Report on the administration of the Government Cinchona Department 1892-98
Year: 1892
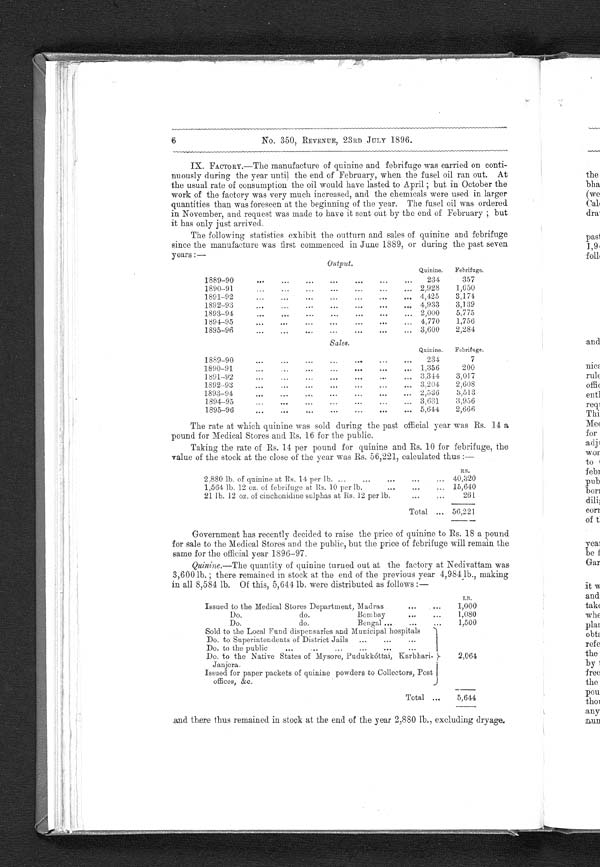
No. 350, REVENUE, 23RD JULY 1896.
IX. FACTORY.—The manufacture of quinine and febrifuge was carried on conti-
nuously during the year until the end of February, when the fusel oil ran out. At
the usual rate of consumption the oil would have lasted to April ; but in October the
work of the factory was very much increased, and the chemicals were used in larger
quantities than was foreseen at the beginning of the year. The fusel oil was ordered
in November, and request was made to have it sent out by the end of February ; but
it has only just arrived.
The following statistics exhibit the outturn and sales of quinine and febrifuge
since the manufacture was first commenced in June 1889, or during the past seven
years :—
Output.
18 89—90
Quinine.
234
Febrifuge.
357
1890—91
2,928
1,050
1891—92
4,425
3,174
1892—93
4,933
3,139
1893 — 9 4
2,000
5,775
1894—95
4,770
1,756
18 9 5—96
3,600
2,284
Sales.
Quinine.
Febrifuge.
18 8 9—9 0
234
7
1890 — 9 1
1,356
200
1891—92
3,344
3,017
1892 — 9 3
3,204 2, 608
1893—94
2,536
3 , 5 1 3
1 8 9 4
— 9 5
3,631
3,956
1895 — 9 6
5,644
2,666
The rate at which quinine was sold during the past official year was Rs. 14 a
pound for Medical Stores and Rs. 16 for the public.
Taking the rate of Rs. 14 per pound for quinine and Rs. 10 for febrifuge, the
value of the stock at the close of the year was Rs. 56,221, calculated thus :—
RS.
2,880 lb. of quinine at Rs. 14 per lb.
40,320
1,564 lb. 12 oz. of febrifuge at Rs. 10 per lb
15,640
21 lb. 12 oz. of ciuchouidine sulphas at Rs. 12 per lb.
261
Total
56,221
Government has recently decided to raise the price of quinine to Rs. 18 a pound
for sale to the Medical Stores and the public, but the price of febrifuge will remain the
same for the official year 1896—97.
Quinine.—The quantity of quinine turned out at the factory at Nedivattam was
3,600 lb. ; there remained in stock at the end of the previous year 4,984 lb., making
in all 8,584 lb. Of this, 5,644 lb. were distributed as follows :—
LB.
Issued to Medical S t o r e s
D e p a r t m e n t , M a d r a s
1,000
Do.
do.
Bombay
1,080
Do.
do.
Bengal
1,500
Sold to the Local Fund dispensaries and Municipal hospitals
Do. to Superintendents of District Jails
Do. to the public
...
Do. to the Native States of Mysore, Pudukkóttai, Karbliari-
Janjera.
2,064
Issued for paper packets of quinine powders to Collectors, Pos t
offices, &c.
Total
5,644
and there thus remained in stock at the end of the year 2,880 lb., excluding dryage.
6